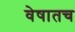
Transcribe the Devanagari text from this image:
वेषातच